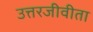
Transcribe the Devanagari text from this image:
उत्तरजीवीता